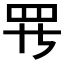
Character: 𱺵